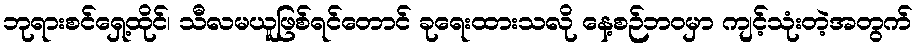
ဘုရားစင်ရှေ့ထိုင်၊ သီလမယူဖြစ်ရင်တောင် ခုရေးထားသလို နေ့စဉ်ဘဝမှာ ကျင့်သုံးတဲ့အတွက်